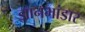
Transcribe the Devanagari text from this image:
ज्ञानभांडार